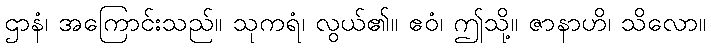
ဌာနံ၊ အကြောင်းသည်။ သုကရံ၊ လွယ်၏။ ဧဝံ၊ ဤသို့။ ဇာနာဟိ၊ သိလော။